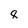
Character: 8